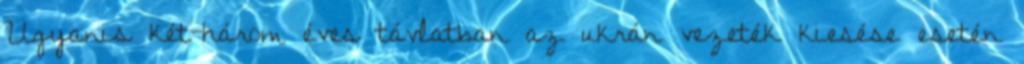
Ugyanis két-három éves távlatban az ukrán vezeték kiesése esetén